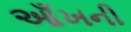
આઁખની